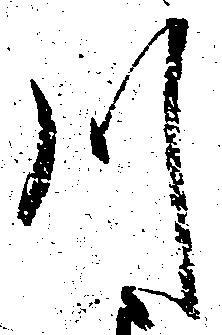
川